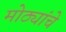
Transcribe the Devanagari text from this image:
मोठ्यांचे